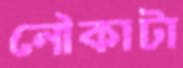
নৌকাটা